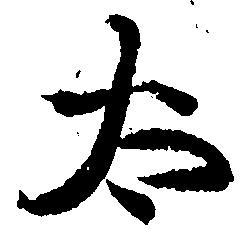
太